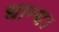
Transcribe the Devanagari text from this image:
धान्य।